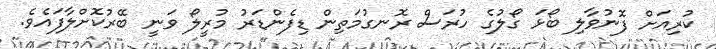
ކުރިއަށް ފޮނުވާލި ބޯޅަ ގޯލުގެ ހުރަސް ރޮނގުމަތިން ޑިފެންޑަރު މުރީލޯ ވަނީ ބޭރުކޮށްލާފައެވެ.